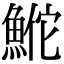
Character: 𬵕